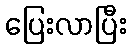
ပြေးလာပြီး